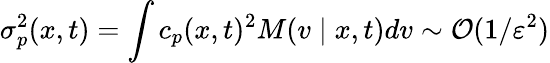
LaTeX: \sigma_{p}^{2}(x,t)=\int c_{p}(x,t)^{2}M(v\mid x,t)dv\sim\mathcal{O}(1/\varepsilon^{2})